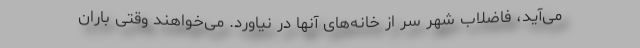
می‌آید، فاضلاب شهر سر از خانه‌های آنها در نیاورد. می‌خواهند وقتی باران